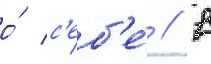
о́ с'еб'е́ // В